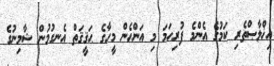
އިޚްލާޞްތެރި ކަމުގެ އެންމެ ފުރިހަމަ މި އަންހެން މީހާގެ ޙަޤީޤަތް އެނގުމުން ޝާމިނުގެ